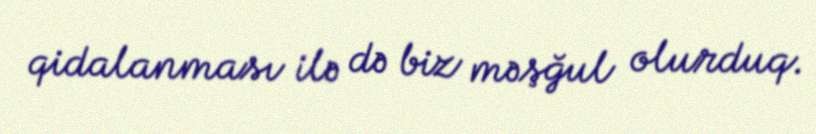
qidalanması ilə də biz məşğul olurduq.